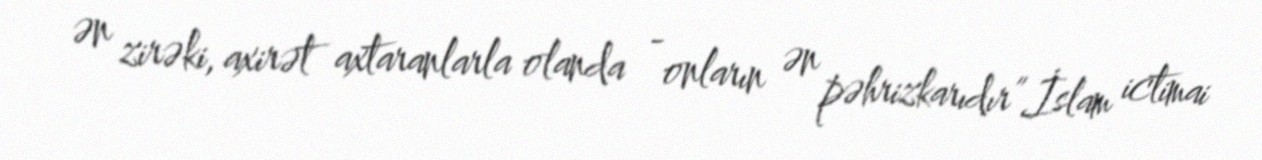
ən zirəki, axirət axtaranlarla olanda - onların ən pəhrizkarıdır”.İslam ictimai